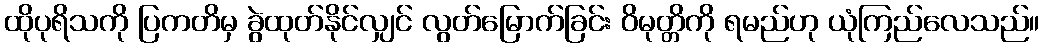
ထိုပုရိသကို ပြကတိမှ ခွဲထုတ်နိုင်လျှင် လွတ်မြောက်ခြင်း ဝိမုတ္တိကို ရမည်ဟု ယုံကြည်လေသည်။